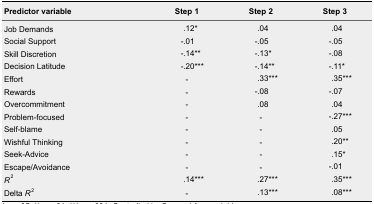
<table><thead><tr><td><b>Predictor variable</b></td><td><b>Step 1</b></td><td><b>Step 2</b></td><td><b>Step 3</b></td></tr></thead><tbody><tr><td>Job Demands</td><td>.12*</td><td>.04</td><td>.04</td></tr><tr><td>Social Support</td><td>-.01</td><td>-.05</td><td>-.05</td></tr><tr><td>Skill Discretion</td><td>-.14**</td><td>-.13*</td><td>-.08</td></tr><tr><td>Decision Latitude</td><td>-.20***</td><td>-.14**</td><td>-.11*</td></tr><tr><td>Effort</td><td>-</td><td>.33***</td><td>.35***</td></tr><tr><td>Rewards</td><td>-</td><td>-.08</td><td>-.07</td></tr><tr><td>Overcommitment</td><td>-</td><td>.08</td><td>.04</td></tr><tr><td>Problem-focused</td><td>-</td><td>-</td><td>-.27***</td></tr><tr><td>Self-blame</td><td>-</td><td>-</td><td>.05</td></tr><tr><td>Wishful Thinking</td><td>-</td><td>-</td><td>.20**</td></tr><tr><td>Seek-Advice</td><td>-</td><td>-</td><td>.15*</td></tr><tr><td>Escape/Avoidance</td><td>-</td><td>-</td><td>-.01</td></tr><tr><td><i>R</i><sup>2</sup></td><td>.14***</td><td>.27***</td><td>.35***</td></tr><tr><td>Delta <i>R</i><sup>2</sup></td><td>-</td><td>.13***</td><td>.08***</td></tr></tbody></table>